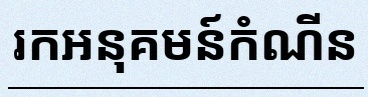
រកអនុគមន៍កំណើន